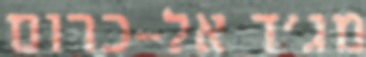
מג'ד אל-כרום